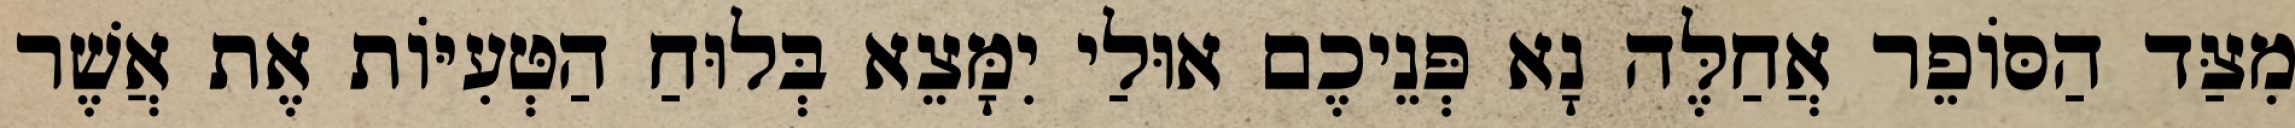
מִצַּד הַסּוֹפֵר אֲחַלֶּה נָא פְּנֵיכֶם אוּלַי יִמָּצֵא בְּלוּחַ הַטְּעִיּוֹת אֶת אֲשֶׁר